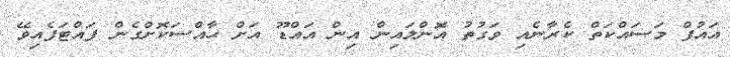
އައުފް މަސައްކަތް ކެރާނެއި ވަގުތު އޮންލައިން އިން އައްޑޫ އަށް ޙާއްސަކޮށްގެން ފައްޓަފެއިވޭ